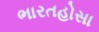
ભારતહોસા